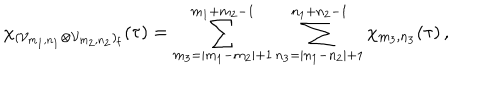
LaTeX: \chi _ { ( { \cal V } _ { m _ { 1 } , n _ { 1 } } \otimes { \cal V } _ { m _ { 2 } , n _ { 2 } } ) _ { \mathrm f } } ( \tau ) = \sum _ { m _ { 3 } = | m _ { 1 } - m _ { 2 } | + 1 } ^ { m _ { 1 } + m _ { 2 } - 1 } \sum _ { n _ { 3 } = | n _ { 1 } - n _ { 2 } | + 1 } ^ { n _ { 1 } + n _ { 2 } - 1 } \chi _ { m _ { 3 } , n _ { 3 } } ( \tau ) \, ,